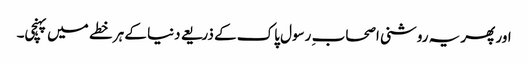
اور پھر یہ روشنی اصحاب ِ رسول پاک کے ذریعے دنیا کے ہر خطے میں پہنچی۔